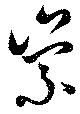
崇